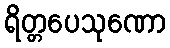
ရိတ္တပေသုဏော